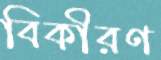
বিকীরণ